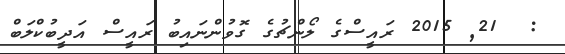
:  21